Madras plague regulations in force outside the Presidency town - Volume 2
Disease focus: Plague
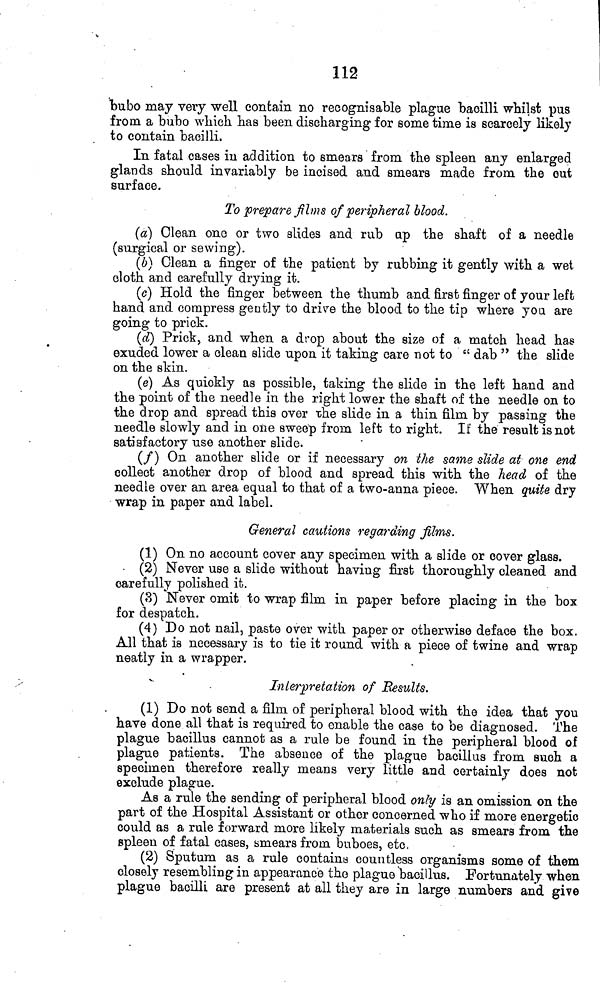
112
bubo may very well contain no recognisable plague bacilli whilst pus
from a bubo which has been discharging for some time is scarcely likely
to contain bacilli.
In fatal cases in addition to smears from the spleen any enlarged
glands should invariably be incised and smears made from the out
surface.
To prepare films of peripheral blood.
(a) Clean one or two slides and rub up the shaft of a needle
(surgical or sewing).
(b) Clean a finger of the patient by rubbing it gently with a wet
cloth and carefully drying it.
(c) Hold the finger between the thumb and first finger of your left
hand and compress gently to drive the blood to the tip where you are
going to prick.
(d) Prick, and when a drop about the size of a match head has
exuded lower a clean slide upon it taking care not to " dab " the slide
on the skin.
(e) As quickly as possible, taking the slide in the left hand and
the point of the needle in the right lower the shaft of the needle on to
the drop and spread this over the slide in a thin film by passing the
needle slowly and in one sweep from left to right. If the result is not
satisfactory use another slide.
(/) On another slide or if necessary on the same slide at one end
collect another drop of blood and spread this with the head of the
needle over an area equal to that of a two-anna piece. When quite dry
wrap in paper and label.
General cautions regarding films.
(1) On no account cover any specimen with a slide or cover glass.
• (2) Never use a slide without having first thoroughly cleaned and
carefully polished it.
(3) Never omit to wrap film in paper before placing in the box
for despatch.
(4) Do not nail, paste over with paper or otherwise deface the box.
All that is necessary is to tie it round with a piece of twine and wrap
neatly in a wrapper.
Interpretation of Results.
(1) Do not send a film of peripheral blood with the idea that you
have done all that is required to enable the case to be diagnosed. The
plague bacillus cannot as a rule be found in the peripheral blood of
plague patients. The absence of the plague bacillus from such a
specimen therefore really means very little and certainly does not
exclude plague.
As a rule the sending of peripheral blood only is an omission on the
part of the Hospital Assistant or other concerned who if more energetic
could as a rule forward more likely materials such as smears from the
spleen of fatal cases, smears from buboes, etc.
(2) Sputum as a rule containa countless organisms some of them
closely resembling in appearance the plague bacillus. Fortunately when
plague bacilli are present at all they are in large numbers and give